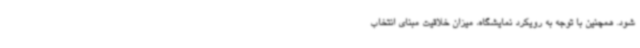
شود. همچنین با توجه به رویکرد نمایشگاه، میزان خلاقیت مبنای انتخاب